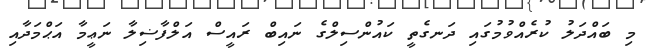
މި ބައްދަލު ކުރެއްވުމުގައި ދަނގެތީ ކައުންސިލްގެ ނައިބް ރައީސް އަލްފާޟިލާ ނަޢީމާ އަޙްމަދާއި